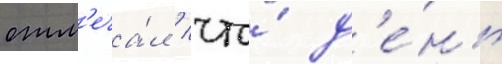
отм'еча́л / что́ д'е́нь